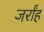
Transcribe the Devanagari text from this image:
जर्रांह